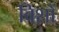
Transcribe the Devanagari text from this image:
विशों